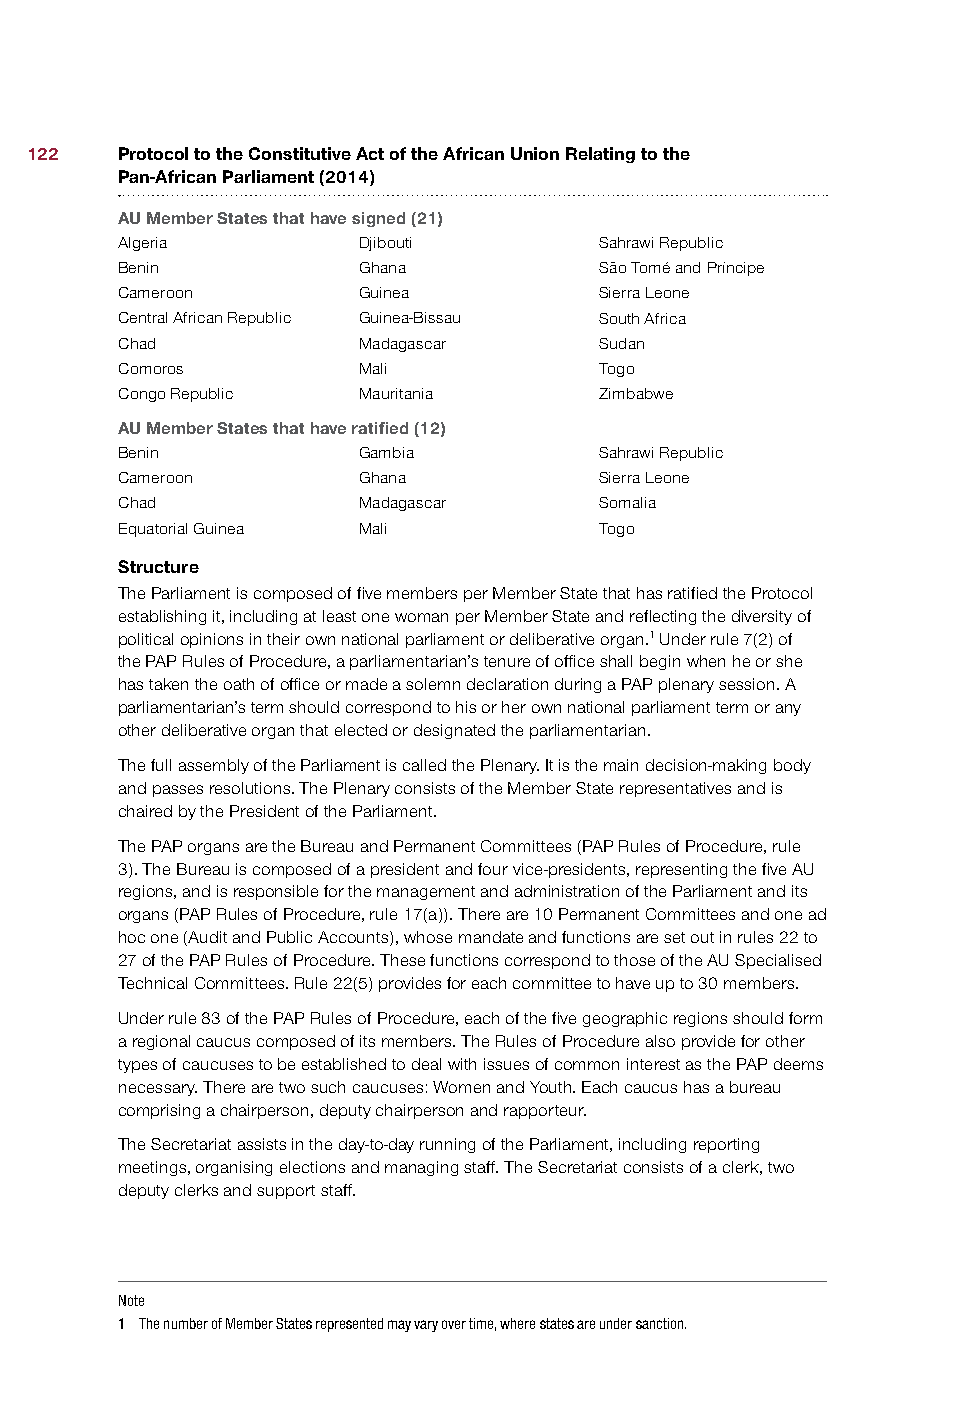
122   Protocol to the Constitutive Act of the African Union Relating to the
 Pan-African Parliament (2014)
 AU Member States that have signed (21)
 Algeria         Djibouti        Sahrawi Republic
 Benin           Ghana           São Tomé and Príncipe
 Cameroon        Guinea          Sierra Leone
 Central African Republic Guinea-Bissau South Africa
 Chad            Madagascar      Sudan
 Comoros         Mali            Togo
 Congo Republic  Mauritania      Zimbabwe
 AU Member States that have ratified (12)
 Benin           Gambia          Sahrawi Republic
 Cameroon        Ghana           Sierra Leone
 Chad            Madagascar      Somalia
 Equatorial Guinea Mali          Togo
 Structure
 The Parliament is composed of five members per Member State that has ratified the Protocol
 establishing it, including at least one woman per Member State and reflecting the diversity of
 political opinions in their own national parliament or deliberative organ.1 Under rule 7(2) of
 the PAP Rules of Procedure, a parliamentarian’s tenure of office shall begin when he or she
 has taken the oath of office or made a solemn declaration during a PAP plenary session. A
 parliamentarian’s term should correspond to his or her own national parliament term or any
 other deliberative organ that elected or designated the parliamentarian.
 The full assembly of the Parliament is called the Plenary. It is the main decision-making body
 and passes resolutions. The Plenary consists of the Member State representatives and is
 chaired by the President of the Parliament.
 The PAP organs are the Bureau and Permanent Committees (PAP Rules of Procedure, rule
 3). The Bureau is composed of a president and four vice-presidents, representing the five AU
 regions, and is responsible for the management and administration of the Parliament and its
 organs (PAP Rules of Procedure, rule 17(a)). There are 10 Permanent Committees and one ad
 hoc one (Audit and Public Accounts), whose mandate and functions are set out in rules 22 to
 27 of the PAP Rules of Procedure. These functions correspond to those of the AU Specialised
 Technical Committees. Rule 22(5) provides for each committee to have up to 30 members.
 Under rule 83 of the PAP Rules of Procedure, each of the five geographic regions should form
 a regional caucus composed of its members. The Rules of Procedure also provide for other
 types of caucuses to be established to deal with issues of common interest as the PAP deems
 necessary. There are two such caucuses: Women and Youth. Each caucus has a bureau
 comprising a chairperson, deputy chairperson and rapporteur.
 The Secretariat assists in the day-to-day running of the Parliament, including reporting
 meetings, organising elections and managing staff. The Secretariat consists of a clerk, two
 deputy clerks and support staff.
 Note
 1 The number of Member States represented may vary over time, where states are under sanction.